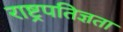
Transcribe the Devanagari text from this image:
राष्ट्रपतिज्ञता